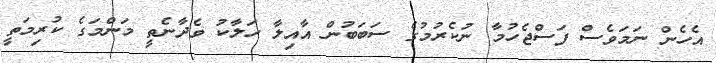
އެހެން ނަމަވެސް ފަސްޖެހުމާ ނުކެރުމުގެ ސަބަބުން އާއިލާ ހަލާކު ވެދާނެތީ މަންމަގެ ކުރިމަތީ